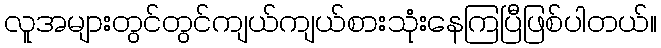
လူအများတွင်တွင်ကျယ်ကျယ်စားသုံးနေကြပြီဖြစ်ပါတယ်။